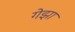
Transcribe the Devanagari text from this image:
गेझा